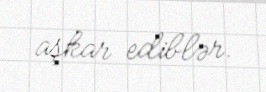
aşkar ediblər.